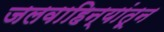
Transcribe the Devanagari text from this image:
जलवाहिन्यांतून